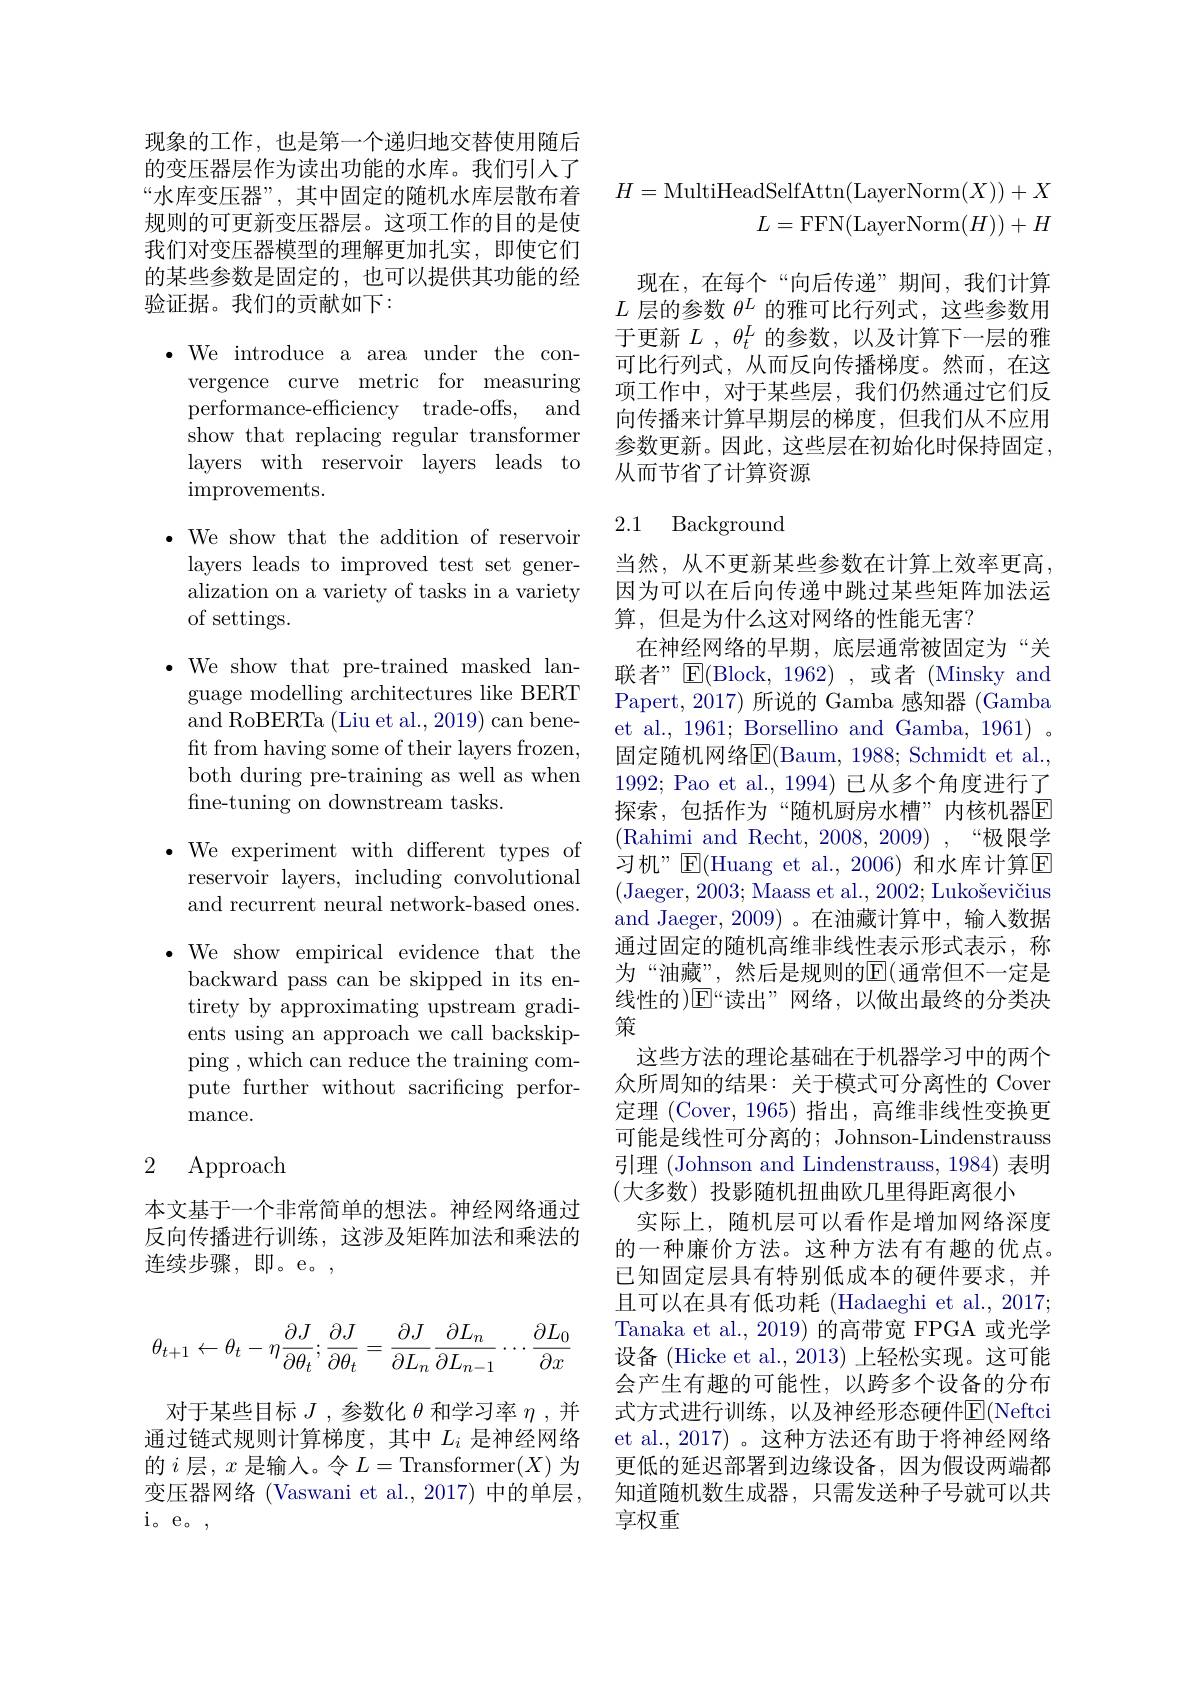
现象的工作，也是第一个递归地交替使用随后的变压器层作为读出功能的水库。我们引人了“水库变压器”, 其中固定的随机水库层散布着规则的可更新变压器层。这项工作的目的是使我们对变压器模型的理解更加扎实，即使它们的某些参数是固定的，也可以提供其功能的经验证据。我们的贡献如下：

$\bullet$We introduce a area under the con-

vergence curve metric for measuring

and

performance-efficiency trade-offs,

show that replacing regular transformer

layers with reservoir layers leads to

improvements.

$\bullet$ We show that the addition of reservoir

layers leads to improved test set gener-

alization on a variety of tasks in a variety

of settings.

$\bullet$ We show that pre-trained masked language modelling architectures like BERT and RoBERTa (Liu et al., 2019) can beneft from having some of their layers frozen, both during pre-training as well as when fine-tuning on downstream tasks.

$\bullet$We experiment with different types of
reservoir layers, including convolutional and recurrent neural network-based ones.

$\bullet$ We show empirical evidence that the backward pass can be skipped in its entirety by approximating upstream gradients using an approach we call backskipping , which can reduce the training compute further without sacrificing performance.

### 2 Approach

本文基于一个非常简单的想法。神经网络通过反向传播进行训练，这涉及矩阵加法和乘法的连续步骤，即。e。,
$$\begin{aligned}\theta_{t+1}\leftarrow\theta_t-\eta\frac{\partial J}{\partial\theta_t};\frac{\partial J}{\partial\theta_t}=\frac{\partial J}{\partial L_n}\frac{\partial L_n}{\partial L_{n-1}}\cdots\frac{\partial L_0}{\partial x}\end{aligned}$$
对于某些目标$J$ ,参数化$\theta$和学习率$\eta$ ,并通过链式规则计算梯度，其中$L_i$是神经网络的$i$层，$x$ 是输入。令$L=$Transformer$(X)$为变压器网络 (Vaswani et al.,2017)中的单层， i。e。,
$$\begin{aligned}H=\mathrm{MultiHeadSelfAttn}(\mathrm{LayerNorm}(X))+X\\L=\mathrm{FFN}(\mathrm{LayerNorm}(H))+H\end{aligned}$$
现在，在每个“向后传递”期间，我们计算$L$层的参数$\theta^L$的雅可比行列式，这些参数用于更新$L,\theta_t^L$的参数，以及计算下一层的雅可比行列式，从而反向传播梯度。然而，在这项工作中，对于某些层，我们仍然通过它们反向传播来计算早期层的梯度，但我们从不应用参数更新。因此，这些层在初始化时保持固定。从而节省了计算资源

## 2.1 Background

当然，从不更新某些参数在计算上效率更高， 因为可以在后向传递中跳过某些矩阵加法运算，但是为什么这对网络的性能无害？
在神经网络的早期，底层通常被固定为“关联者” $\operatorname{E}($Block,1962),或者 (Minsky and Papert, 2017) 所说的 Gamba 感知器 (Gamba et al., 1961; Borsellino and Gamba, 1961) 。固定随机网络$\operatorname{E}($Baum, 1988; Schmidt et al., 1992; Pao et al., 1994)已从多个角度进行了探索，包括作为“随机厨房水槽”内核机器$\overline{\mathrm{E}}$ (Rahimi and Recht, 2008, 2009),“极限学习机”$\operatorname{E}($Huang et al.,2006)和水库计算$\operatorname{E}$ (Jaeger, 2003; Maass et al., 2002; Lukoševičius and Jaeger, 2009)。在油藏计算中，输入数据通过固定的随机高维非线性表示形式表示，称为“油藏”,然后是规则的$\mathbb{E}($通常但不一定是线性的)$\operatorname{E}$“读出”网络，以做出最终的分类决策
这些方法的理论基础在于机器学习中的两个众所周知的结果：关于模式可分离性的 Cover 定理 (Cover,1965) 指出，高维非线性变换更可能是线性可分离的；Johnson-Lindenstrauss 引理 (Johnson and Lindenstrauss, 1984) 表明(大多数)投影随机扭曲欧几里得距离很小
实际上，随机层可以看作是增加网络深度的一种廉价方法。这种方法有有趣的优点。已知固定层具有特别低成本的硬件要求，并且可以在具有低功耗 (Hadaeghi et al., 2017; Tanaka et al., 2019) 的高带宽 FPGA 或光学设备 (Hicke et al., 2013) 上轻松实现。这可能会产生有趣的可能性，以跨多个设备的分布式方式进行训练，以及神经形态硬件$\overline{\mathrm{E}}($Neftci et al., 2017) 。这种方法还有助于将神经网络更低的延迟部署到边缘设备，因为假设两端都知道随机数生成器，只需发送种子号就可以共享权重